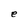
Character: e